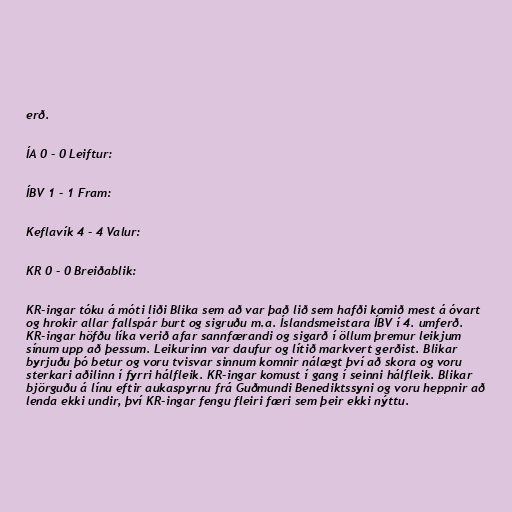
erð.

ÍA 0 - 0 Leiftur:

ÍBV 1 - 1 Fram:

Keflavík 4 - 4 Valur:

KR 0 - 0 Breiðablik:

KR-ingar tóku á móti liði Blika sem að var það lið sem hafði komið mest á óvart
og hrokir allar fallspár burt og sigruðu m.a. Íslandsmeistara ÍBV í 4. umferð.
KR-ingar höfðu líka verið afar sannfærandi og sigarð í öllum þremur leikjum
sínum upp að þessum. Leikurinn var daufur og lítið markvert gerðist. Blikar
byrjuðu þó betur og voru tvisvar sinnum komnir nálægt því að skora og voru
sterkari aðilinn í fyrri hálfleik. KR-ingar komust í gang í seinni hálfleik. Blikar
björguðu á línu eftir aukaspyrnu frá Guðmundi Benediktssyni og voru heppnir að
lenda ekki undir, því KR-ingar fengu fleiri færi sem þeir ekki nýttu.